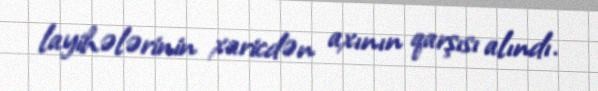
layihələrinin xaricdən axının qarşısı alındı.